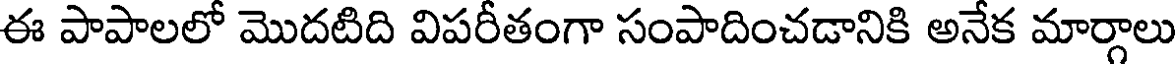
ఈ పాపాలలో మొదటిది విపరీతంగా సంపాదించడానికి అనేక మార్గాలు